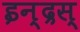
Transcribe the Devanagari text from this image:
इन्द्रस्